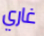
غاري